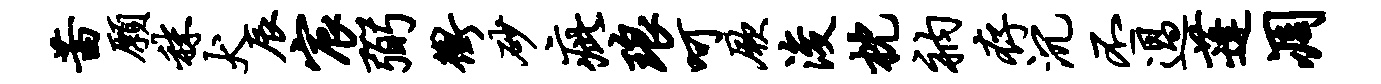
茜愿秣犬辰宸弼冲砂疵琅呵厥浚枕衲存沉丕过蓬凋